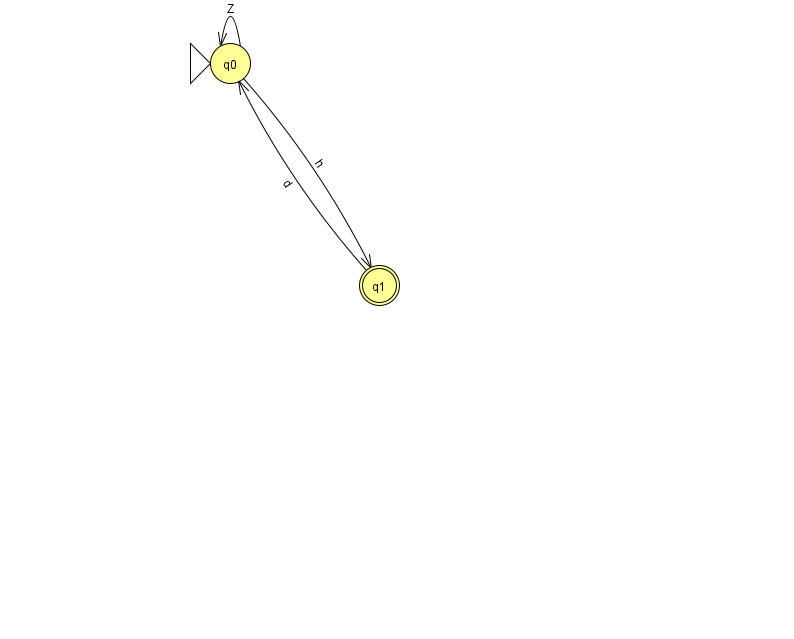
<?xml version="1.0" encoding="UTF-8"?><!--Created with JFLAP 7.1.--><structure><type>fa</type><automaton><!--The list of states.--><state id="0" name="q0"><x>230.0</x><y>50.0</y><initial/></state><state id="1" name="q1"><x>379.0</x><y>272.0</y><final/></state><!--The list of transitions.--><transition><from>1</from><to>0</to><read>d</read></transition><transition><from>0</from><to>1</to><read>h</read></transition><transition><from>0</from><to>0</to><read>Z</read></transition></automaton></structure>